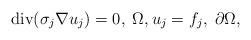
LaTeX: \begin{align*}\mathrm{div} (\sigma_j \nabla u_j) = 0, \; \Omega, u_j = f_j, \; \partial \Omega,\end{align*}